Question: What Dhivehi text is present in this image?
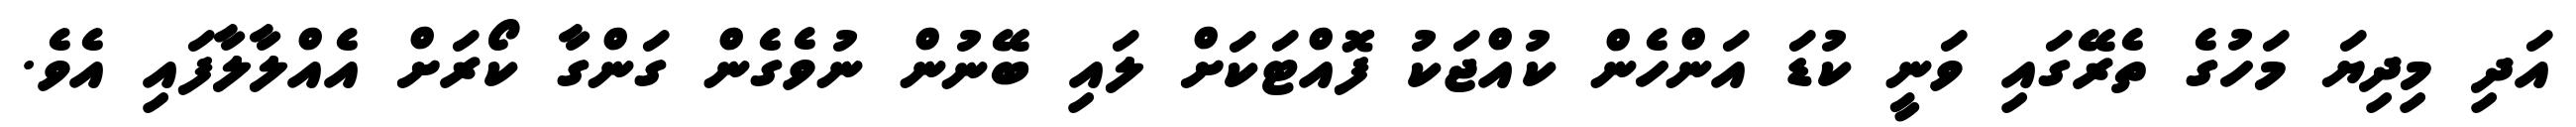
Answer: އަދި މިދިޔަ މަހުގެ ތެރޭގައި ވަނީ ކުޑަ އަންހެން ކުއްޖަކު ފޮއްޓަކަށް ލައި ބޭނުން ނުވެގެން ގަންގާ ކޯރަށް އެއްލާލާފައި އެވެ.